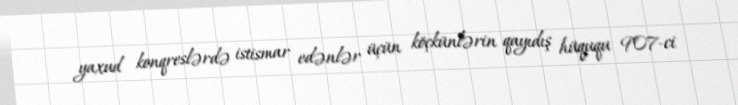
yaxud konqreslərdə istismar edənlər üçün köçkünlərin qayıdış hüququ 907-ci